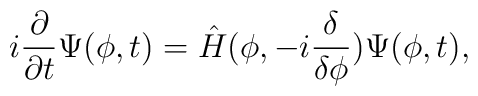
i \frac{\partial}{\partial t} \Psi( \phi, t) =\hat{H} (\phi, - i \frac{\delta}{\delta \phi}) \Psi(\phi, t),